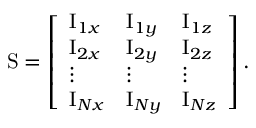
\mathrm { S } = \left[ \begin{array} { l l l } { \mathrm { I } _ { 1 x } } & { \mathrm { I } _ { 1 y } } & { \mathrm { I } _ { 1 z } } \\ { \mathrm { I } _ { 2 x } } & { \mathrm { I } _ { 2 y } } & { \mathrm { I } _ { 2 z } } \\ { \vdots } & { \vdots } & { \vdots } \\ { \mathrm { I } _ { N x } } & { \mathrm { I } _ { N y } } & { \mathrm { I } _ { N z } } \end{array} \right] .